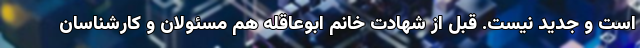
است و جدید نیست. قبل از شهادت خانم ابوعاقله هم مسئولان و کارشناسان